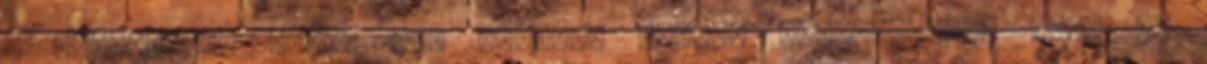
A Békéscsaba közel sem aratott akkora győzelmeket, mint az